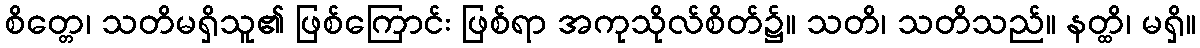
စိတ္တေ၊ သတိမရှိသူ၏ ဖြစ်ကြောင်း ဖြစ်ရာ အကုသိုလ်စိတ်၌။ သတိ၊ သတိသည်။ နတ္ထိ၊ မရှိ။